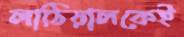
লাঠিয়ালকেই